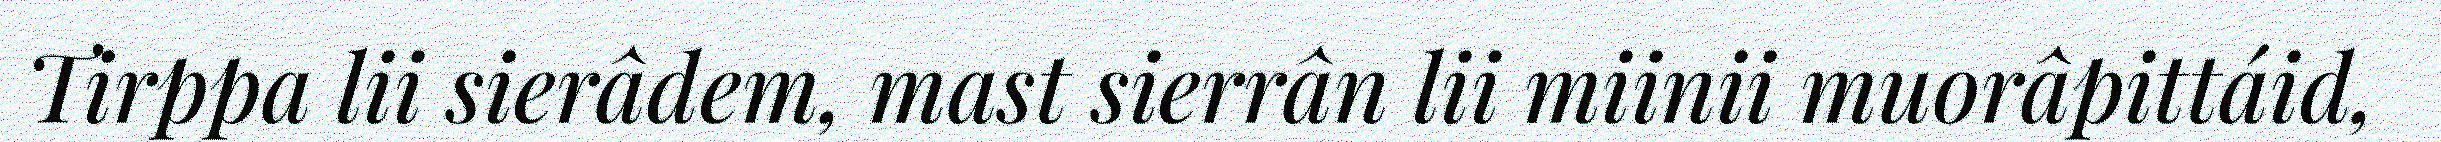
Tirppa lii sierâdem, mast sierrân lii miinii muorâpittáid,